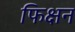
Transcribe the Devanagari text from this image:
फिक्षन